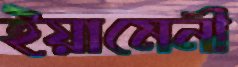
ইয়ামেনী